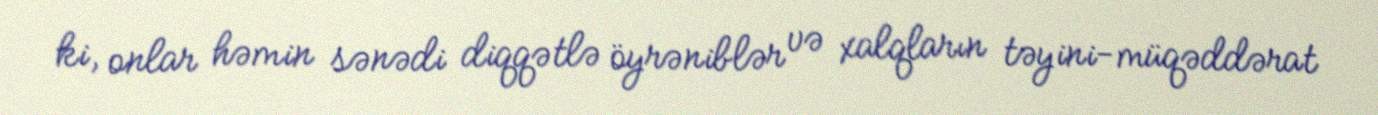
ki, onlar həmin sənədi diqqətlə öyrəniblər və xalqların təyini-müqəddərat